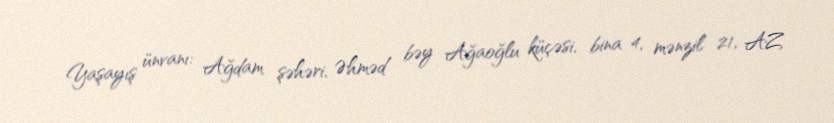
Yaşayış ünvanı: Ağdam şəhəri, Əhməd bəy Ağaoğlu küçəsi, bina 4, mənzil 21, AZ